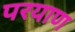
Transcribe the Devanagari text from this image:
परयाण